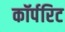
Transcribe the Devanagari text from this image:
कॉर्परिट